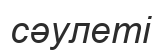
сәулеті